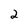
Character: 2